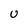
Character: U